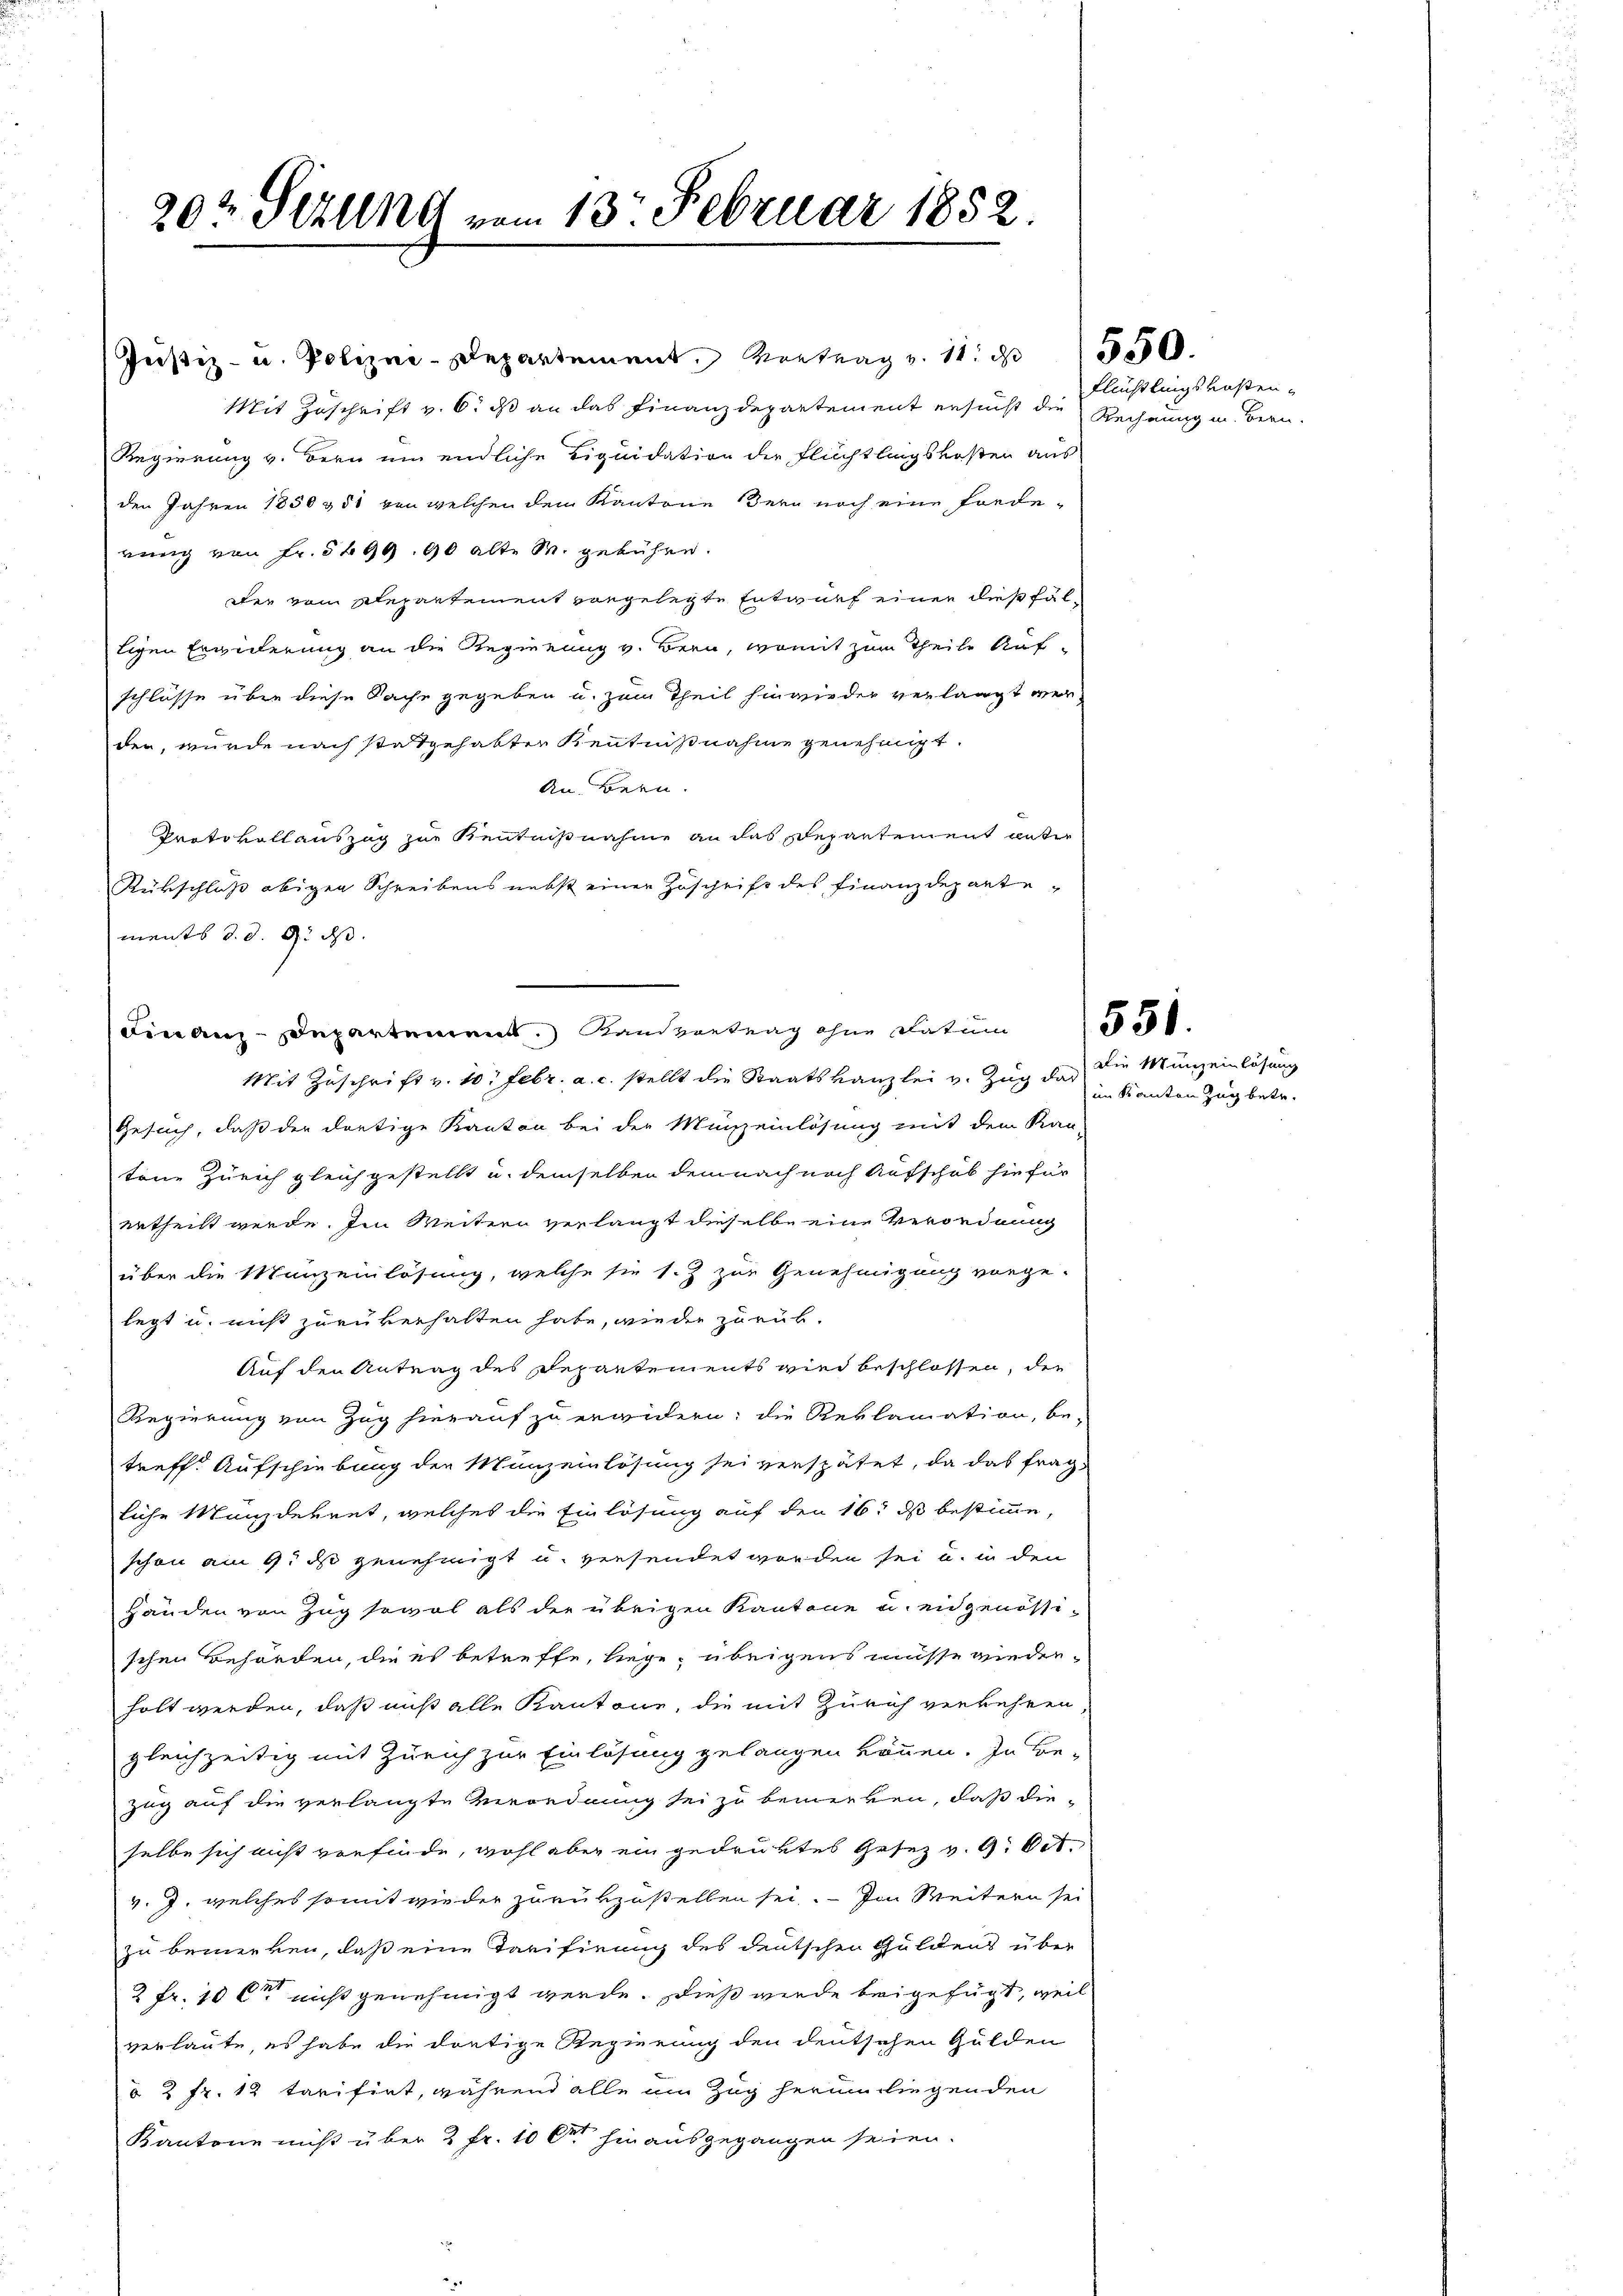
20t Setung vom 13. Februar 1852.

Justiz- u. Polizei-Departement. Vortrag v. 11. d. 1550
Mit Zuschrift v. 6. ds an das Finanzdepartement ersucht die Rechnung in Bern.
Regierung v. Bern um endliche Liquidation der Flüchtlingskosten aus
den Jahren 1850 & 51 von welchen dem Kantone Bern noch eine Forde-
rung von Fr. 5499. 90 alte M. gebühre.
der vom Repartement vorgelegte Entwurf einer dießfälligen Erwiderung an die Regierung v. Bern, womit zum Theile Auf¬
Schlüsse über diese Sache gegeben u. zum Theil hinwieder verlangt werden, wurde nach stattgehalter Kenntnißnahme genehmigt.
An. Bern.
Protokollauszug zur Kenntnißnahme an das Departement unter
Rükschluß obigen Schreibens nebst einer Zuschrift des Finanzdepartements d. d. 9. ds.
Finanz-Departement anvertrag ohne Datum
Mit Zuschrift v. 10. Febr. a. c. stellt die Staatskanzlei v. Zug dar
Gesuch, daß der dortige Kanton bei der Münzeinlösung mit dem Kan-
tene Zürich gleichgestellt u. demselben demnach nach Aufschub hiefür
urtheilt werde. Im Weitern verlangt dieselbe eine Verordnung
über die Manzeinlösung, welche sie s. Z zur Genehmigung vorge-
legt u. nicht zurükerhalten habe, wieder zurük¬
Auf den Antrag des Departements wird beschlossen, die
Regierung von Zug hierauf zu erwidern; die Reklamation, be-
treff. Aufschiebung der Manz einlösung sei verspätet, da das fragliche Mandekret, welches die Einlösung auf den 16. ds bestimme,
schon am 9. d. genehmigt u. versendet worden sei u. in den
Händen von Zug sowol als der übrigen Kantone u. eidgenössi-
schen Behörden, die es betreffe, liege, übrigens müsse wiederholt werden, daß muß alle Kantone, die mit Zürich verkehren,
gleichzeitig mit Zürich zur Einlösung gelangen können. In Be-
Zug auf die verlangte Verordnung sei zu bemerken, daß die-
selbe sich nicht vorfinde, wohl aber ein gedruktes Gesez v. 9. Oct.
v. J. welches somit wieder zurükzustellen sei. Im Weitern sei
zu bemerken, daß eine Tarifirung des deutschen Guldens über
2 Fr. 10 l nicht genehmigt werde. Dieß wurde beigefügt, weil
verlaute es habe die dortige Regierung den deutschen Gulden
§ 2 fr. 12 tarifirt, während alle am Zug herumliegenden
Kantone nicht über 2 Fr. 10 der hinausgegangen seien.

Flüchtlings kasten¬

Die Munzeinlösung
im Kanton Zug betr.